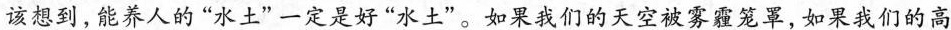
该想到，能养人的“水土”一定是好“水土”。如果我们的天空被雾霾笼罩，如果我们的高